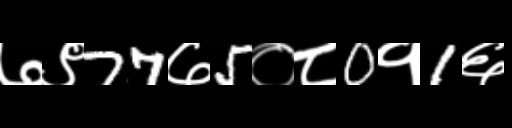
Text: ७९77७5०८0१1६